NAE_EAOK_eestikeelsed_sunnimeetrikad, lk 8
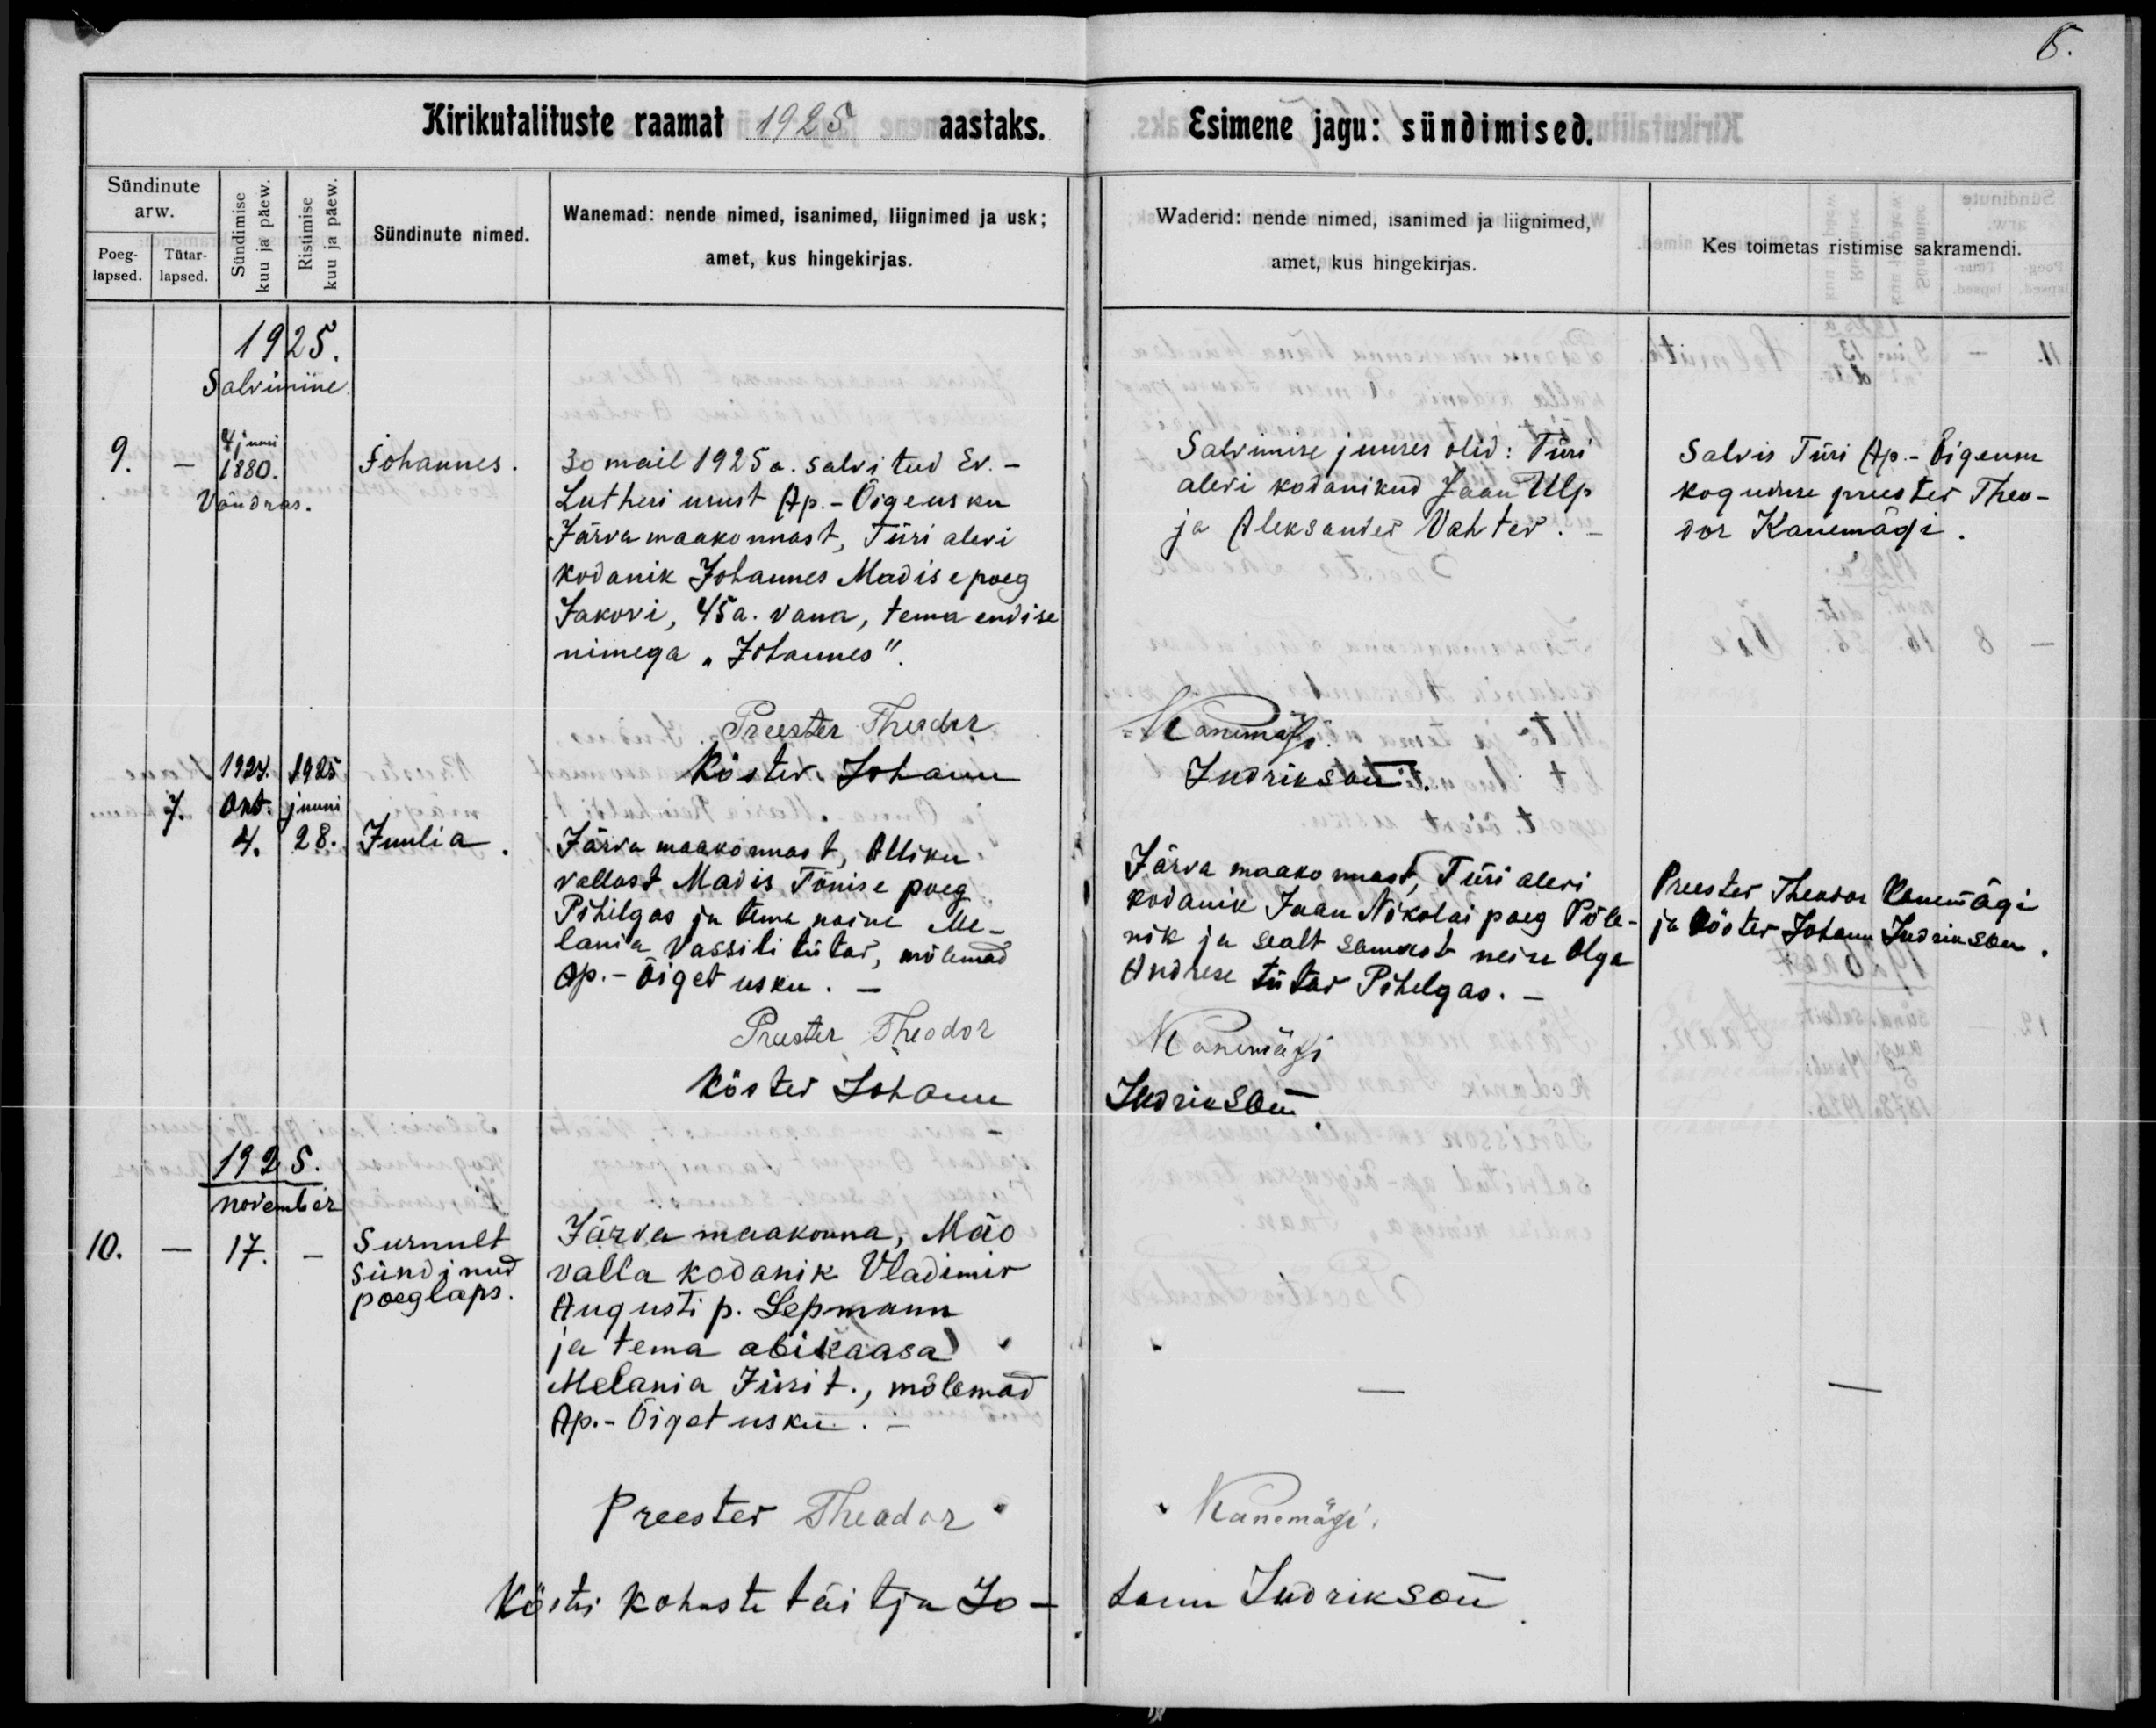
Johannes

Juulia

Surnult
sündinud
poeglaps

30 mail 1925 a. salvitud Ev.-
Lutheri usust Ap.-Õigeusku
Järva maakonnast, Türi alevi
kodanik Johannes Madise poeg
Jakovi, 45 a. vana, tema endise
nimega ,,Johannes"

Järva maakonnast, Alliku
vallast Madis Tõnise poeg
Pihilgas ja tema naine Me-
lania Vassili tütar, mõlemad
Ap.-Õiget usku.

Järva maakonna, Mäo
valla kodanik Vladimir
Augusti p. Lepmann
ja tema abikaasa
Melania Jüri t., mõlemad
Ap.-Õiget usku.